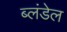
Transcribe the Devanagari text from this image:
ब्लंडेल